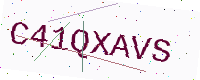
Text: C41QXAVS